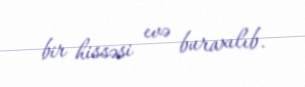
bir hissəsi evə buraxılıb.